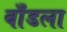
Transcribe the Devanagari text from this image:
बाँडला